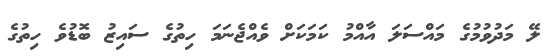
ލޭ މަދުވުމުގެ މައްސަލަ އާއްމު ކަމަކަށް ވެއްޖެނަމަ ހިތުގެ ސައިޒު ބޮޑުވެ ހިތުގެ